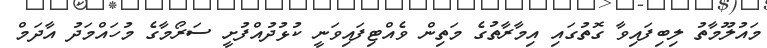
މައުލޫމާތު ލިބިފައިވާ ގޮތުގައި އިމާރާތުގެ މަތިން ވެއްޓިފައިވަނީ ކުޅުދުއްފުށީ ސަރޯމާގެ މުހައްމަދު އާދަމް